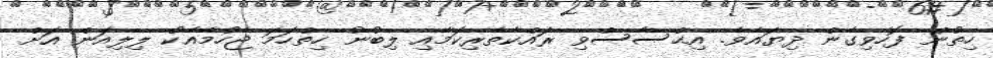
ހިތުން ފޮހެވިގެން ދިޔައެވެ. އިޙްސާސްވި ރައްކާތެރިކަމާއި ލިބުނު ހިތްހަމަ ޖެހުމާއެކު ލިލިއަން އަށް